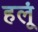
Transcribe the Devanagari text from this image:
हलूं